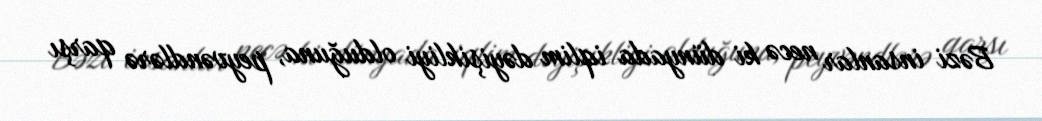
Bəzi insanlar necə ki dünyada iqlim dəyişikliyi olduğuna, peyvəndlərə qarşı